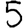
Digit: 5